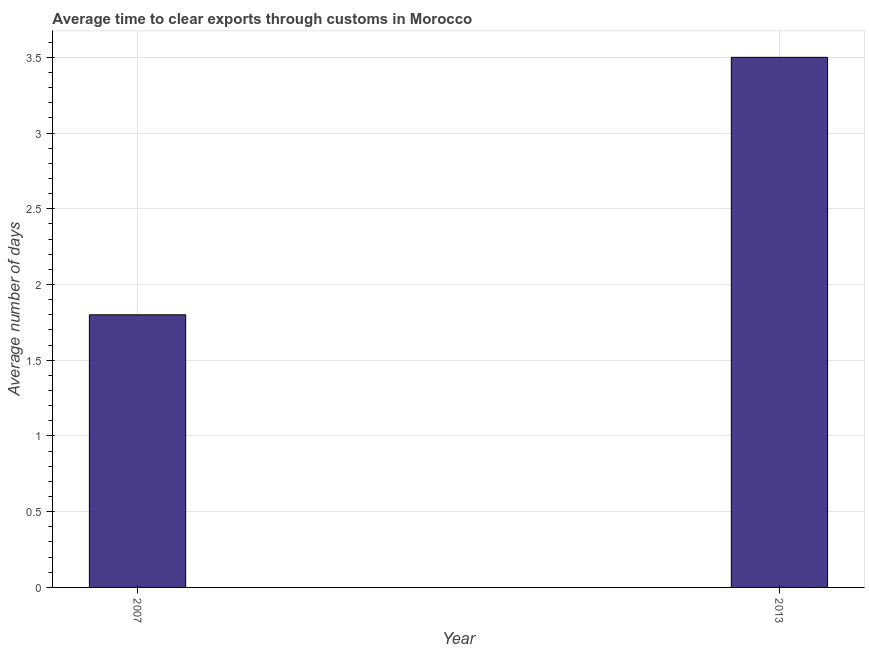
| Year | Time to clear exports through customs |
 | --- | --- |
 | 2007 | 1.8 |
 | 2013 | 3.5 |